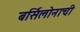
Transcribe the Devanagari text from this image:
बर्सिलोनाची